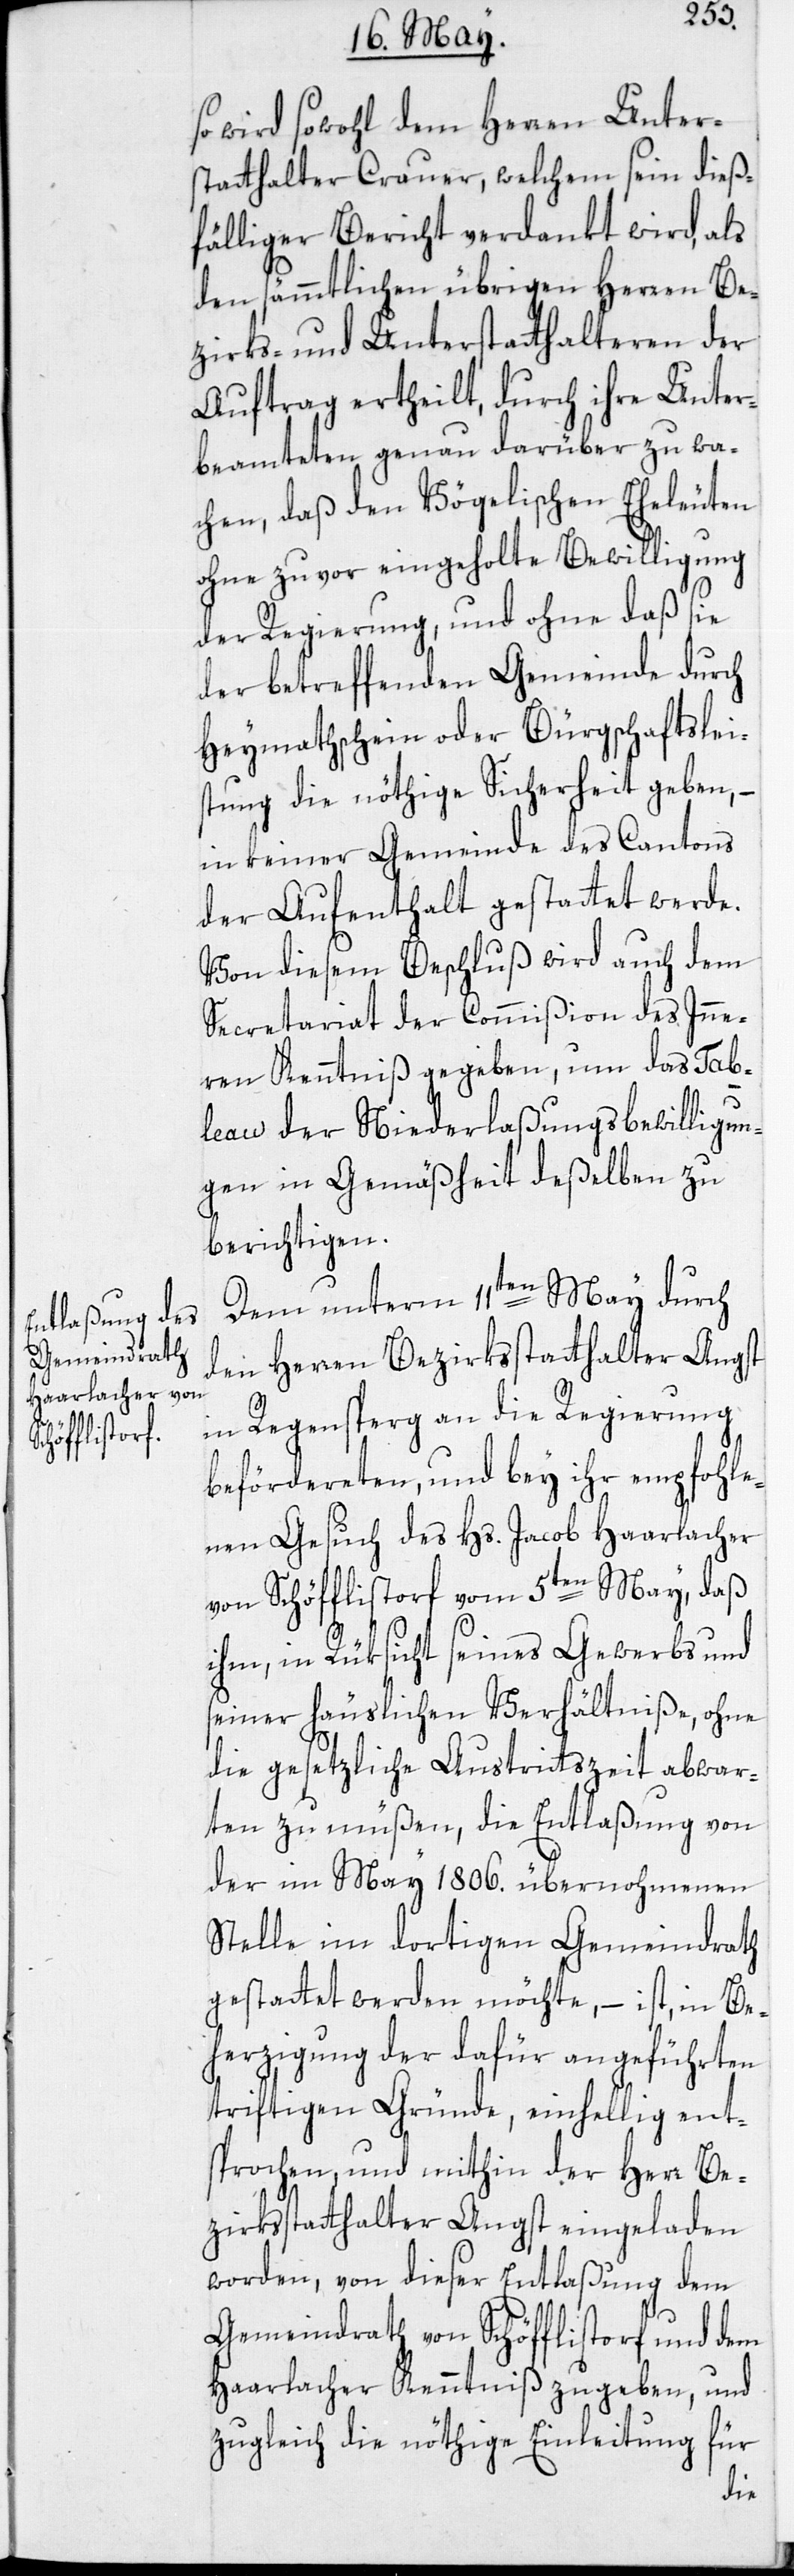
so wird sowohl dem Herren Unter¬
statthalter Crauer, welchem sein dieß¬
fälliger Bericht verdankt wird, als
den sämmtlichen übrigen Herren Be¬
zirks- und Unterstatthalteren der
Auftrag ertheilt, durch ihre Unter¬
beamteten genau darüber zu wa¬
chen, daß den Vögelischen Eheleuten
ohne zuvor eingeholte Bewilligung
der Regierung, und ohne daß sie
der betreffenden Gemeinde durch
Heymathschein oder Bürgschaftslei¬
stung die nöthige Sicherheit geben, –
in keiner Gemeinde des Cantons
der Aufenthalt gestattet werde.
Von diesem Beschluß wird auch dem
Secretariat der Commißion des Inne¬
ren Kenntniß gegeben, um das Tab¬
leau der Niederlaßungsbewilligun¬
gen in Gemäßheit deßelben zu
berichtigen.
Dem unterm 11ten May durch
den Herren Bezirksstatthalter Angst
in Regensperg an die Regierung
befördereten, und bey ihr empfohle¬
nen Gesuch des Hs. Jacob Haarlacher
von Schöfflistorf vom 5ten May, daß
ihm, in Rüksicht seines Gewerbs und
seiner häuslichen Verhältniße, ohne
die gesetzliche Austrittszeit abwar¬
ten zu müßen, die Entlaßung von
der im May 1806. übernohmenen
Stelle im dortigen Gemeindrath
gestattet werden möchte, – ist, in Be¬
herzigung der dafür angeführten
triftigen Gründe, einhellig ent¬
sprochen, und mithin der Herr Be¬
zirksstatthalter Angst eingeladen
worden, von dieser Entlaßung dem
Gemeindrath von Schöfflistorf und dem
Haarlacher Kenntniß zugeben, und
zugleich die nöthige Einleitung für